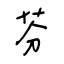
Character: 芬